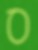
ס